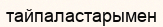
тайпаластарымен